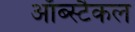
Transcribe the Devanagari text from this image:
ऑब्स्टैकल